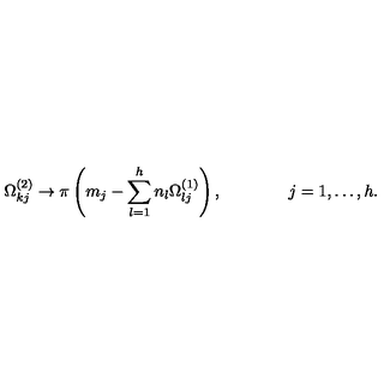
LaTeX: \Omega _ { k j } ^ { ( 2 ) } \to \pi \left( m _ { j } - \sum _ { l = 1 } ^ { h } n _ { l } \Omega _ { l j } ^ { ( 1 ) } \right) , \qquad \qquad j = 1 , \ldots , h .